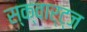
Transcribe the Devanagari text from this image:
स्क्वार्ट्ज